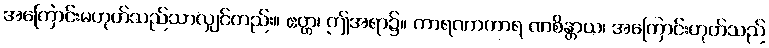
အကြောင်းမဟုတ်သည်သာလျှင်တည်း။ ဧတ္ထ၊ ဤအရာ၌။ ကာရဏာကာရ ဏစိန္တာယ၊ အကြောင်းဟုတ်သည်